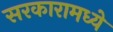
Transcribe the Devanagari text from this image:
सरकारामध्ये